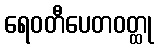
ရေဝတီပေတဝတ္ထု